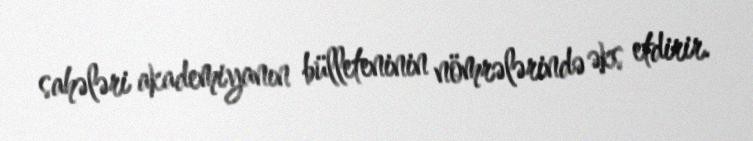
sahələri akademiyanın bülleteninin nömrələrində əks etdirir.